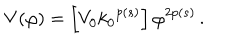
V ( \varphi ) = \left[ V _ { 0 } { k _ { 0 } } ^ { p ( s ) } \right] { \varphi } ^ { 2 p ( s ) } \, .